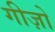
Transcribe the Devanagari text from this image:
गीज़ो